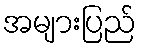
အများပြည်